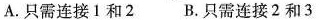
A.只需连接1和2 B.只需连接2和3